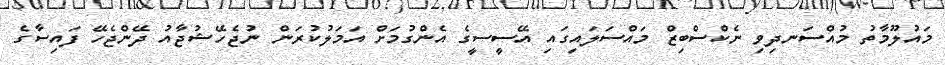
މައުލޫމާތު މުއްސަނދިވި ނެކްސްބިޒް މައްސަލައިގައި އޭސީސީގެ އެންގުމަށް އަމަލުކުރަން ނުޖެހޭޝުޖާއު ދޭންޖެހޭ ފައިސާގެ